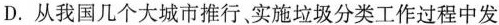
D.从我国几个大城市推行、实施垃圾分类工作过程中发